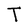
Character: T